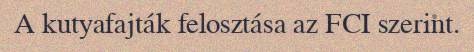
A kutyafajták felosztása az FCI szerint.